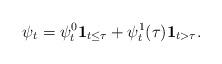
LaTeX: \begin{align*}\psi_t = \psi^0_t \textbf{1}_{t \leq \tau} + \psi^1_t(\tau) \textbf{1}_{ t > \tau }.\end{align*}